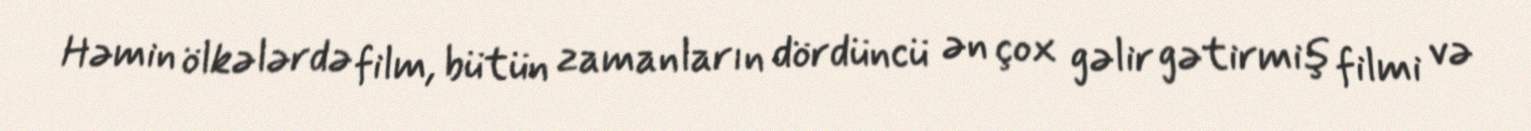
Həmin ölkələrdə film, bütün zamanların dördüncü ən çox gəlir gətirmiş filmi və